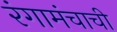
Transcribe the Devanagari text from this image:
रंगामंचाची